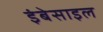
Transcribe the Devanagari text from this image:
इंबेसाइल